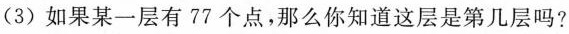
(3) 如果某一层有77个点，那么你知道这层是第几层吗?